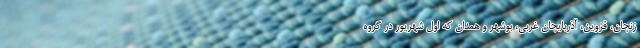
زنجان، قزوین، آذربایجان غربی، بوشهر و همدان که اول شهریور در گروه